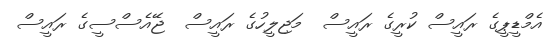
އެމްޑީޕީގެ ރައީސް ކުރީގެ ރައީސް  މަޖިލީހުގެ ރައީސް  ޖޭއެސްސީގެ ރައީސް